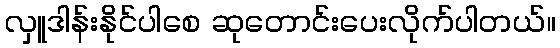
လှူဒါန်းနိုင်ပါစေ ဆုတောင်းပေးလိုက်ပါတယ်။